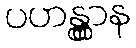
ပဟန္တွာန